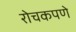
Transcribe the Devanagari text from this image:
रोचकपणे